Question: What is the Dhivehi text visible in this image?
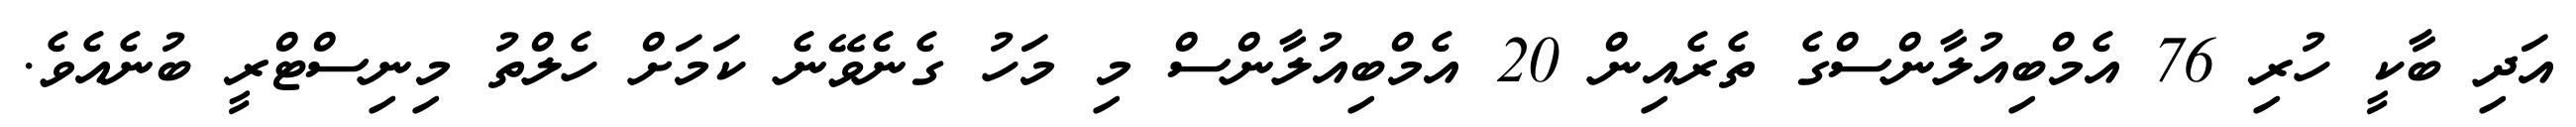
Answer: އަދި ބާކީ ހުރި 76 އެމްބިއުލާންސްގެ ތެރެއިން 20 އެމްބިއުލާންސް މި މަހު ގެނެވޭނެ ކަމަށް ހެލްތު މިނިސްޓްރީ ބުނެއެވެ.